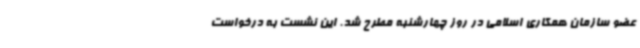
عضو سازمان همکاری اسلامی در روز چهارشنبه مطرح شد. این نشست به درخواست